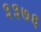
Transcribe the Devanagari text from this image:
३३७६